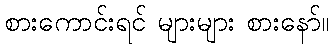
စားကောင်းရင် များများ စားနော်။